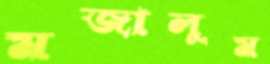
মজালুম